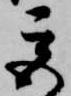
宮